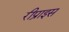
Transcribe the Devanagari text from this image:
रीप्राइस